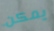
يمكن